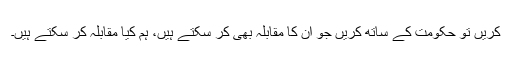
کریں تو حکومت کے ساتھ کریں جو ان کا مقابلہ بھی کر سکتے ہیں، ہم کیا مقابلہ کر سکتے ہیں۔